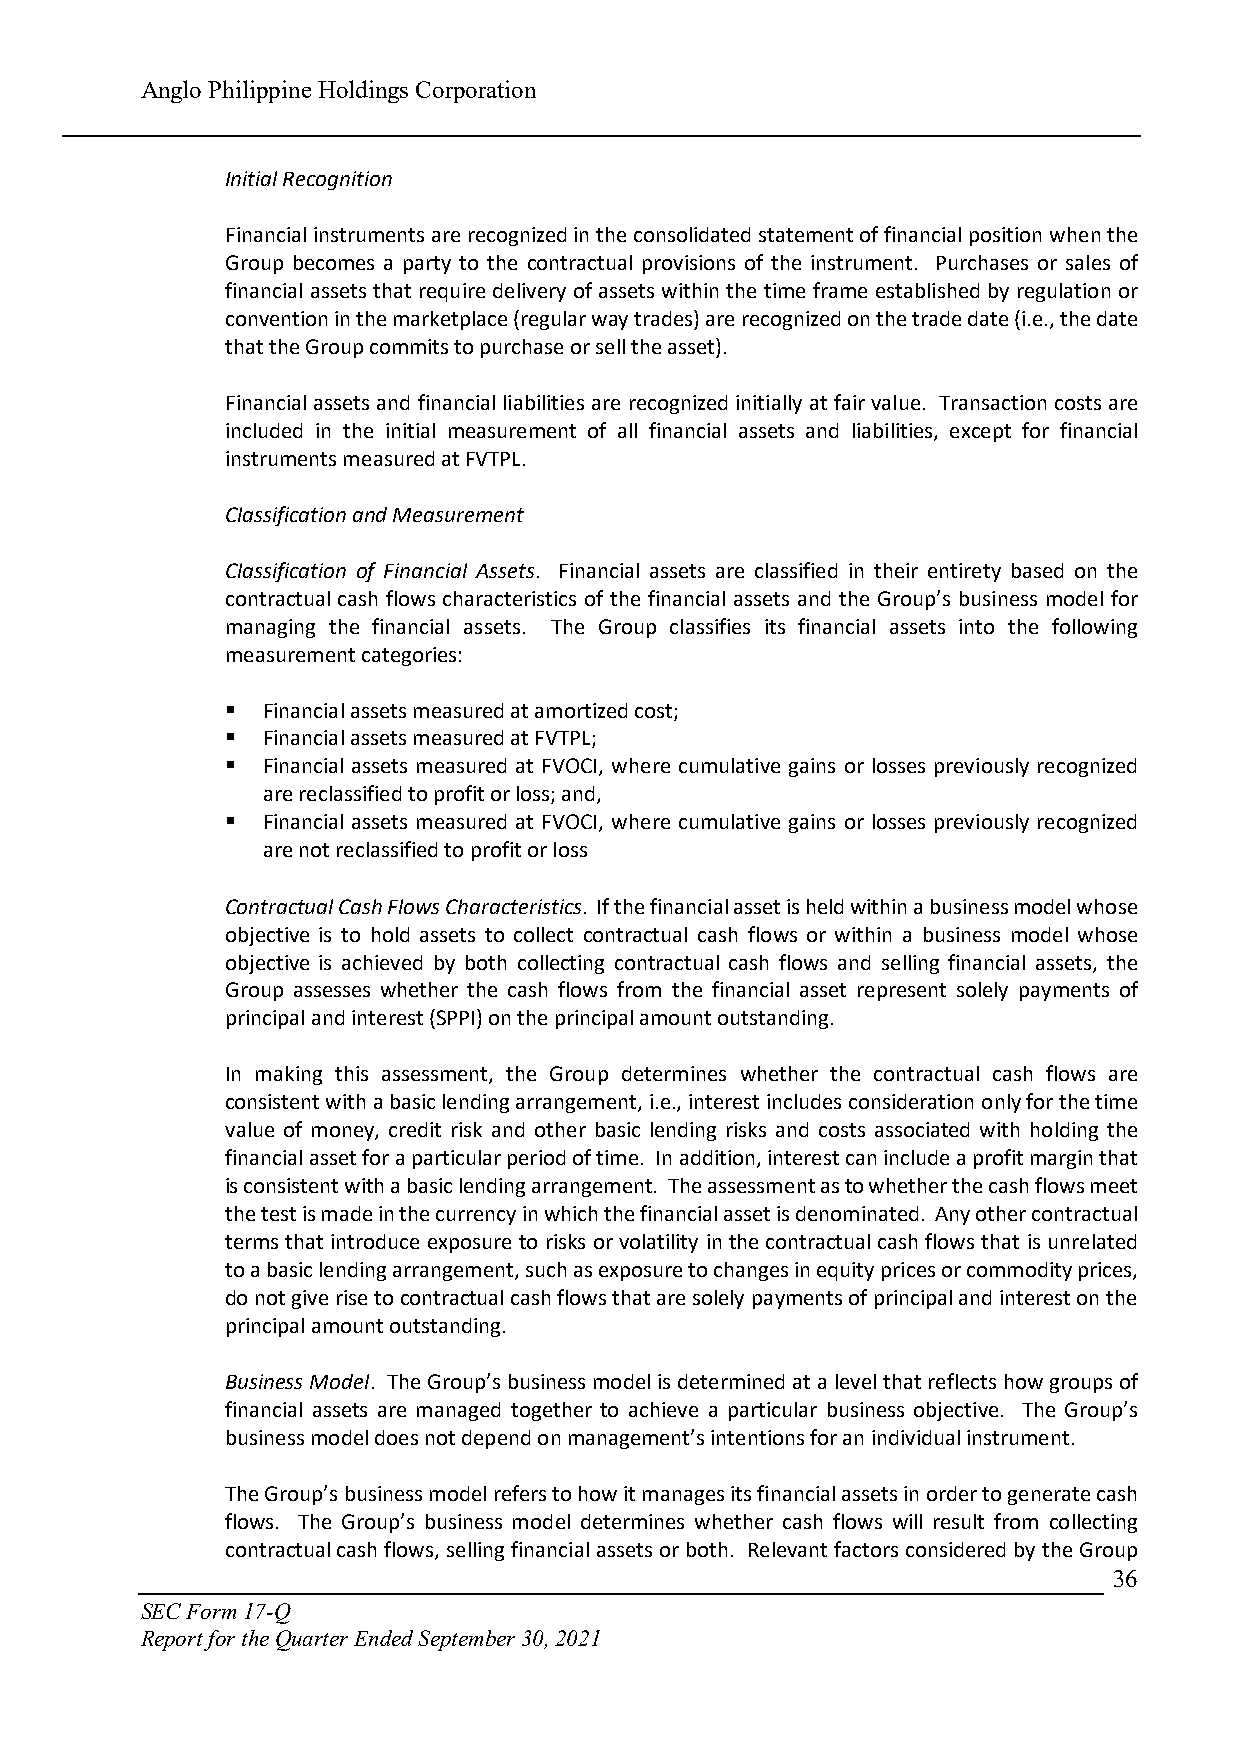
Anglo Philippine Holdings Corporation
 Initial Recognition
 Financial instruments are recognized in the consolidated statement of financial position when the
 Group becomes a party to the contractual provisions of the instrument. Purchases or sales of
 financial assets that require delivery of assets within the time frame established by regulation or
 convention in the marketplace (regular way trades) are recognized on the trade date (i.e., the date
 that the Group commits to purchase or sell the asset).
 Financial assets and financial liabilities are recognized initially at fair value. Transaction costs are
 included in the initial measurement of all financial assets and liabilities, except for financial
 instruments measured at FVTPL.
 Classification and Measurement
 Classification of Financial Assets. Financial assets are classified in their entirety based on the
 contractual cash flows characteristics of the financial assets and the Group’s business model for
 managing the financial assets. The Group classifies its financial assets into the following
 measurement categories:
  Financial assets measured at amortized cost;
  Financial assets measured at FVTPL;
  Financial assets measured at FVOCI, where cumulative gains or losses previously recognized
 are reclassified to profit or loss; and,
  Financial assets measured at FVOCI, where cumulative gains or losses previously recognized
 are not reclassified to profit or loss
 Contractual Cash Flows Characteristics. If the financial asset is held within a business model whose
 objective is to hold assets to collect contractual cash flows or within a business model whose
 objective is achieved by both collecting contractual cash flows and selling financial assets, the
 Group assesses whether the cash flows from the financial asset represent solely payments of
 principal and interest (SPPI) on the principal amount outstanding.
 In making this assessment, the Group determines whether the contractual cash flows are
 consistent with a basic lending arrangement, i.e., interest includes consideration only for the time
 value of money, credit risk and other basic lending risks and costs associated with holding the
 financial asset for a particular period of time. In addition, interest can include a profit margin that
 is consistent with a basic lending arrangement. The assessment as to whether the cash flows meet
 the test is made in the currency in which the financial asset is denominated. Any other contractual
 terms that introduce exposure to risks or volatility in the contractual cash flows that is unrelated
 to a basic lending arrangement, such as exposure to changes in equity prices or commodity prices,
 do not give rise to contractual cash flows that are solely payments of principal and interest on the
 principal amount outstanding.
 Business Model. The Group’s business model is determined at a level that reflects how groups of
 financial assets are managed together to achieve a particular business objective. The Group’s
 business model does not depend on management’s intentions for an individual instrument.
 The Group’s business model refers to how it manages its financial assets in order to generate cash
 flows. The Group’s business model determines whether cash flows will result from collecting
 contractual cash flows, selling financial assets or both. Relevant factors considered by the Group
 36
 SEC Form 17-Q
 Report for the Quarter Ended September 30, 2021